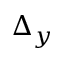
\Delta _ { y }